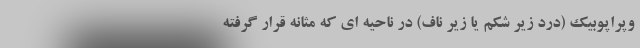
وپراپوبیک (درد زیر شکم یا زیر ناف) در ناحیه ای که مثانه قرار گرفته